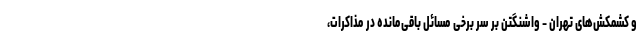
و کشمکش‌های تهران - واشنگتن بر سر برخی مسائل باقی‌مانده در مذاکرات،